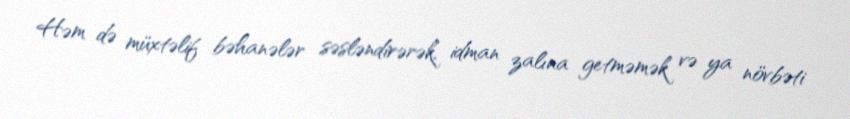
Həm də müxtəlif bəhanələr səsləndirərək, idman zalına getməmək və ya növbəti